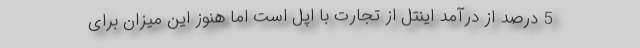
5 درصد از درآمد اینتل از تجارت با اپل است اما هنوز این میزان برای